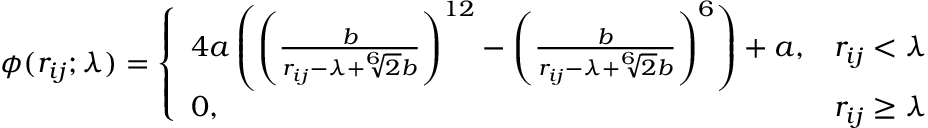
\begin{array} { r } { \phi ( r _ { i j } ; \lambda ) = \left\{ \begin{array} { l l } { 4 a \left( \left( \frac { b } { r _ { i j } - \lambda + \sqrt [ 6 ] { 2 } b } \right) ^ { 1 2 } - \left( \frac { b } { r _ { i j } - \lambda + \sqrt [ 6 ] { 2 } b } \right) ^ { 6 } \right) + a , } & { r _ { i j } < \lambda } \\ { 0 , } & { r _ { i j } \ge \lambda } \end{array} \right. } \end{array}